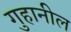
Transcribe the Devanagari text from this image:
गुहानील